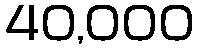
40,000